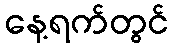
နေ့ရက်တွင်